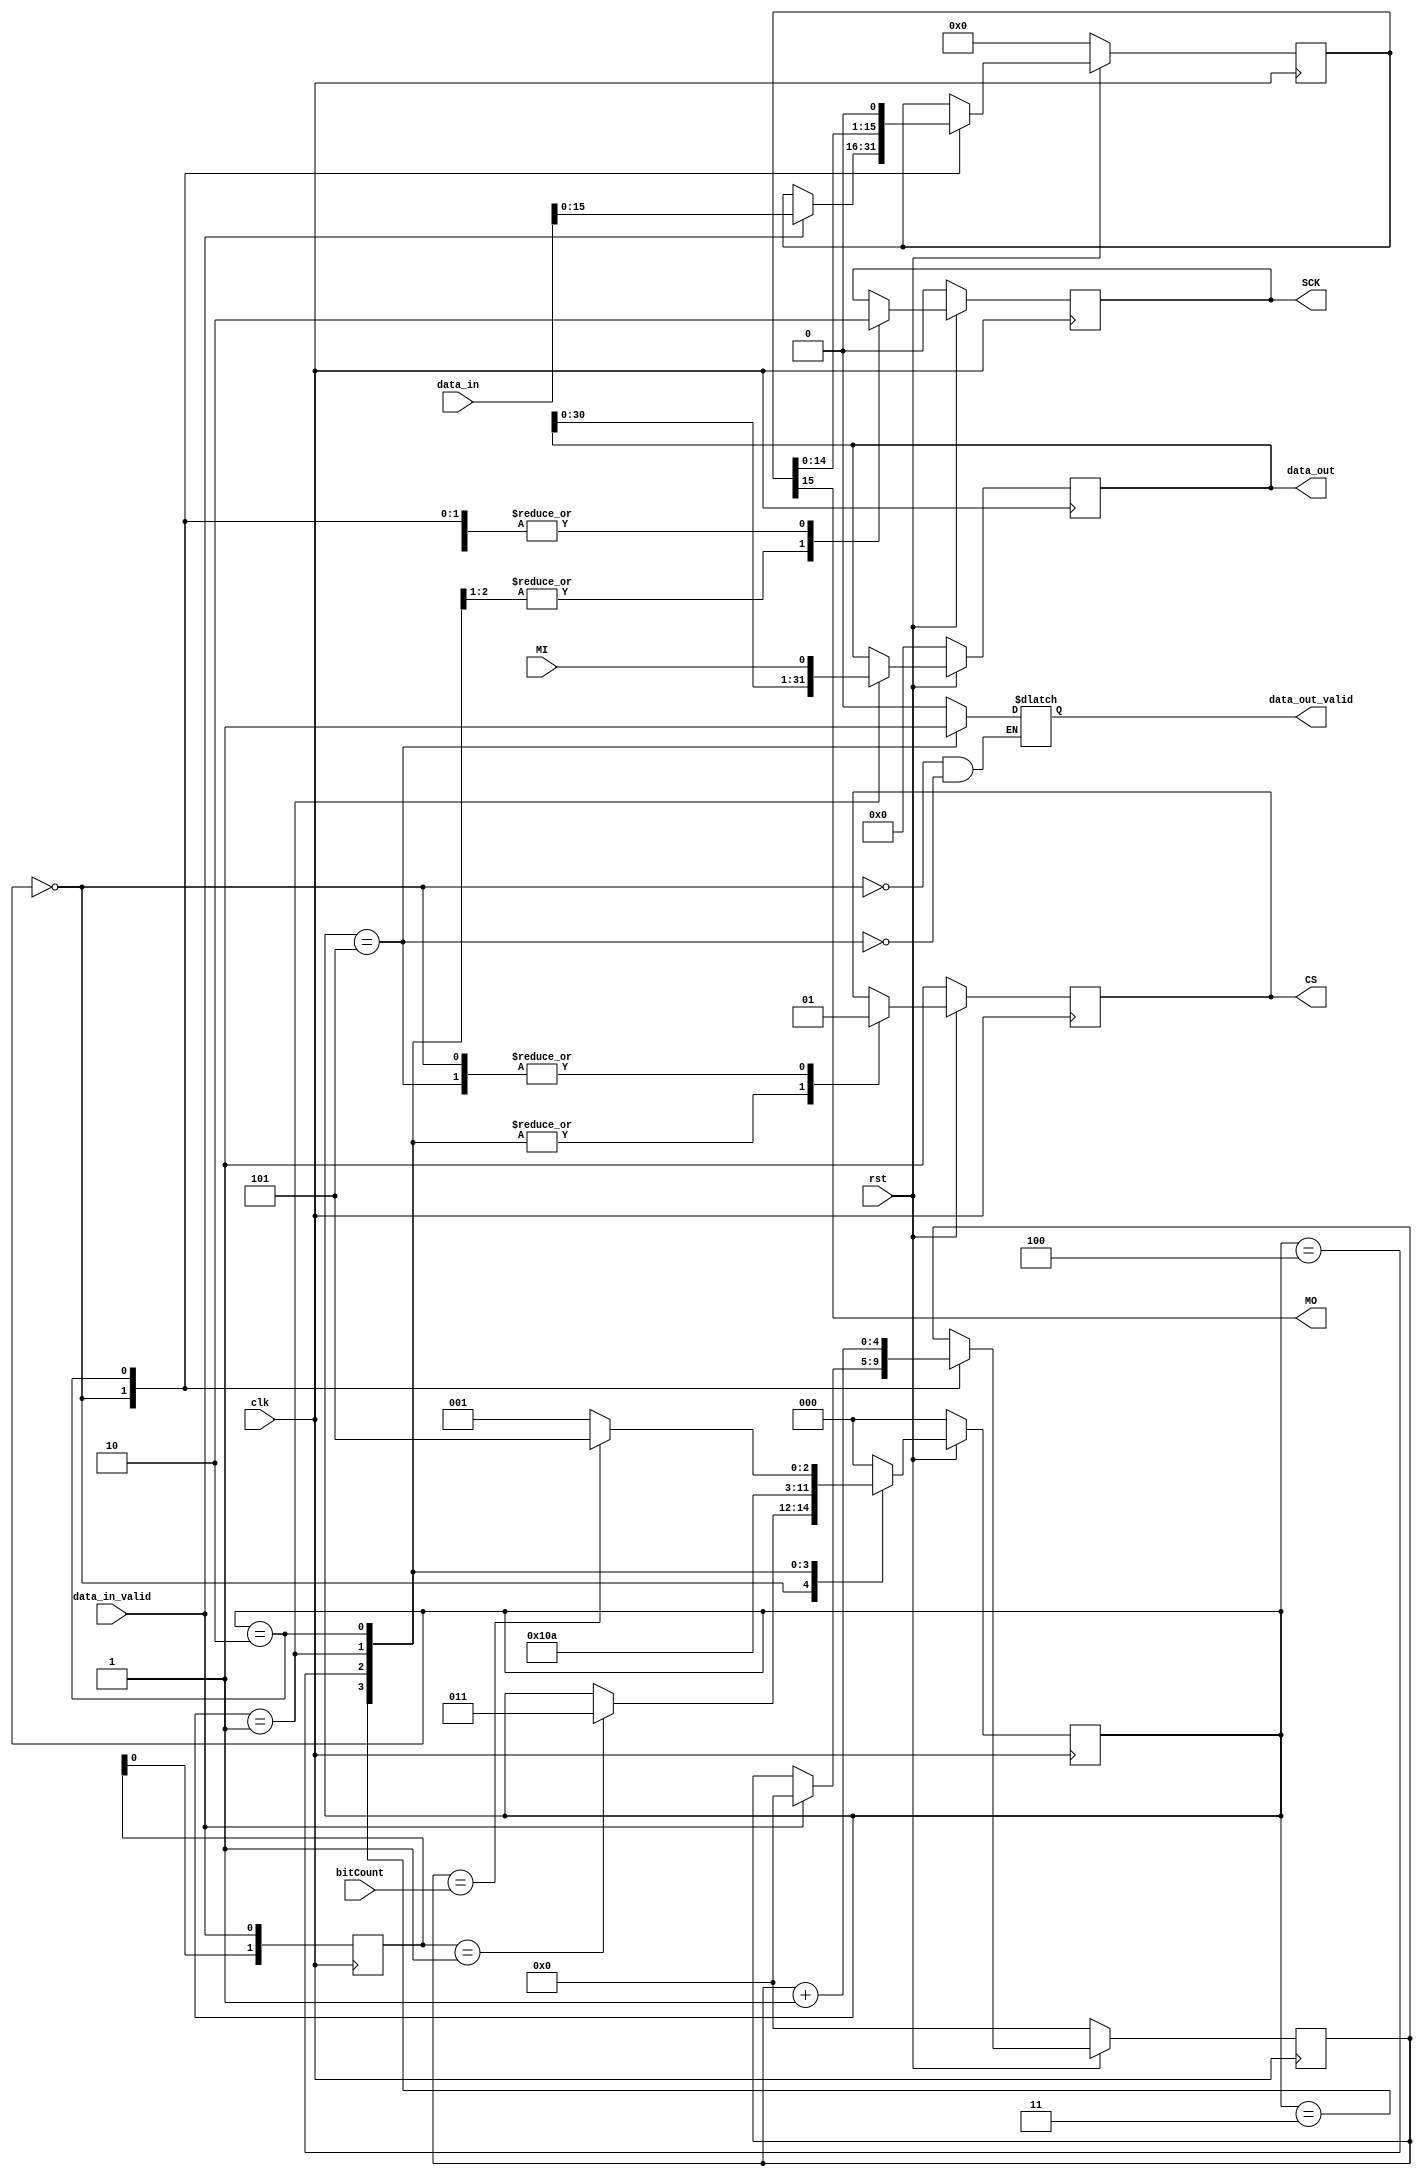
module SPI_MASTER (
    output reg SCK,
    input MI,
    output MO,
    output reg CS,
    input [31:0] data_in,
    input data_in_valid,
    output [31:0] data_out,
    output reg data_out_valid,
    input rst,
    input clk,
    input [6:0]bitCount
    );

    localparam IDLE = 3'b000;
    localparam SHIFT_0 = 3'b001;
    localparam SHIFT_1 = 3'b010;
    localparam START_0 = 3'b011;
    localparam START_1 = 3'b100;
    localparam END = 3'b101;

    reg [2:0] currentState;
    reg [2:0] nextState;

    reg [4:0] dataCounter;
    reg [15:0] dataInStored;
    reg [31:0] dataOutStored;

    reg [1:0] data_in_valid_d;

    assign MO = dataInStored[15]; // send MSB first
    assign data_out = dataOutStored;
    always @(posedge clk) begin
        data_in_valid_d <= {data_in_valid_d[0],data_in_valid};
        if (!rst) begin
            currentState <= IDLE;
            SCK <= 0;
            CS <= 1;
            dataOutStored <= 0;
            dataCounter <= 0;
            dataInStored <= 0;
        end
        else begin
            currentState <= nextState;
            case(currentState)
                IDLE: begin
                    if(data_in_valid) begin
                        dataInStored <= data_in;
                        dataCounter <= 0;
                    end
                    CS <= 1;
                    SCK <= 0;
                end
                START_0: begin
                    CS <= 0;
                    SCK <= 0;
                end
                START_1: begin
                    CS <= 0;
                    SCK <= 1;
                end
                SHIFT_0: begin
                    CS <= 0;
                    dataOutStored <= {dataOutStored[31:0], MI};
                    SCK <= 1;
                end
                SHIFT_1: begin
                    CS <= 0;
                    dataCounter <= dataCounter + 1;
                    dataInStored <= {dataInStored[14:0], 1'b0};
                    SCK <= 0;
                end
                END: begin
                    CS <= 1;
                    SCK <= 0;
                end
                default: begin
                    
                end
            endcase
        end
    end

    always @(*) begin
        nextState = currentState;
        case(currentState)
            IDLE: begin
                if(data_in_valid_d == 2'b01) begin
                    nextState = START_0;
                end
                data_out_valid = 0;
            end
            START_0: begin
                nextState = START_1;
            end
            START_1: begin
                nextState = SHIFT_0;
            end
            SHIFT_0: begin
                nextState = SHIFT_1;
            end
            SHIFT_1: begin
                if(dataCounter == bitCount)begin
                    nextState = END;
                end
                else begin
                    nextState = SHIFT_0;
                end
            end
            END: begin
                nextState = IDLE;
                data_out_valid = 1;
            end
            default: begin
                nextState = IDLE;
            end
        endcase
    end
endmodule